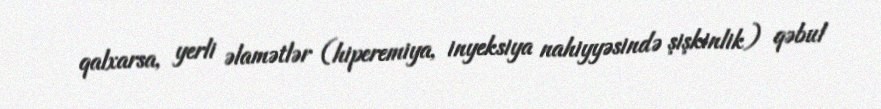
qalxarsa, yerli əlamətlər (hiperemiya, inyeksiya nahiyyəsində şişkinlik) qəbul